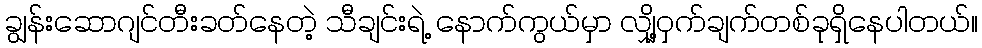
ချွန်းဆောဂျင်တီးခတ်နေတဲ့ သီချင်းရဲ့ နောက်ကွယ်မှာ လျှို့ဝှက်ချက်တစ်ခုရှိနေပါတယ်။